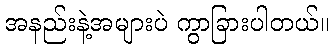
အနည်းနဲ့အများပဲ ကွာခြားပါတယ်။